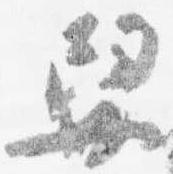
舁